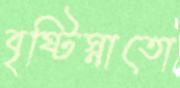
বৃষ্টিস্নাতো